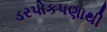
ડરપોકપણાથી